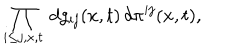
\prod _ { i \leq j , x , t } \: d g _ { i j } ( x , t ) \, d \pi ^ { i j } ( x , t ) ,